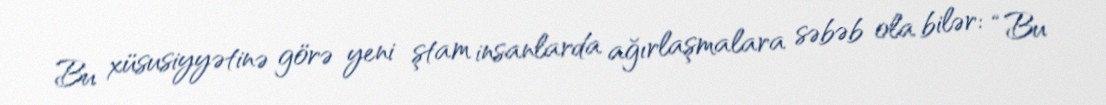
Bu xüsusiyyətinə görə yeni ştam insanlarda ağırlaşmalara səbəb ola bilər: “Bu